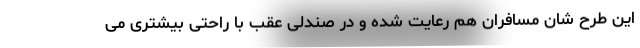
این طرح شان مسافران هم رعایت شده و در صندلی عقب با راحتی بیشتری می